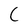
Character: C